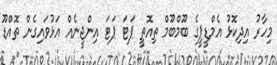
މިހާރު އިދިކޮޅު އެމްޑީޕީގެ ބޫމްބޫމް ތިއޮތީ ޕަޓަ ޕަޓަ އިންޖީނެއް އަޅުވައިގެން ތޮއްޑޫ